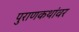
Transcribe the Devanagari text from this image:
पुराणकथांवर